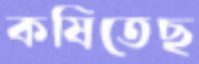
কষিতেছ